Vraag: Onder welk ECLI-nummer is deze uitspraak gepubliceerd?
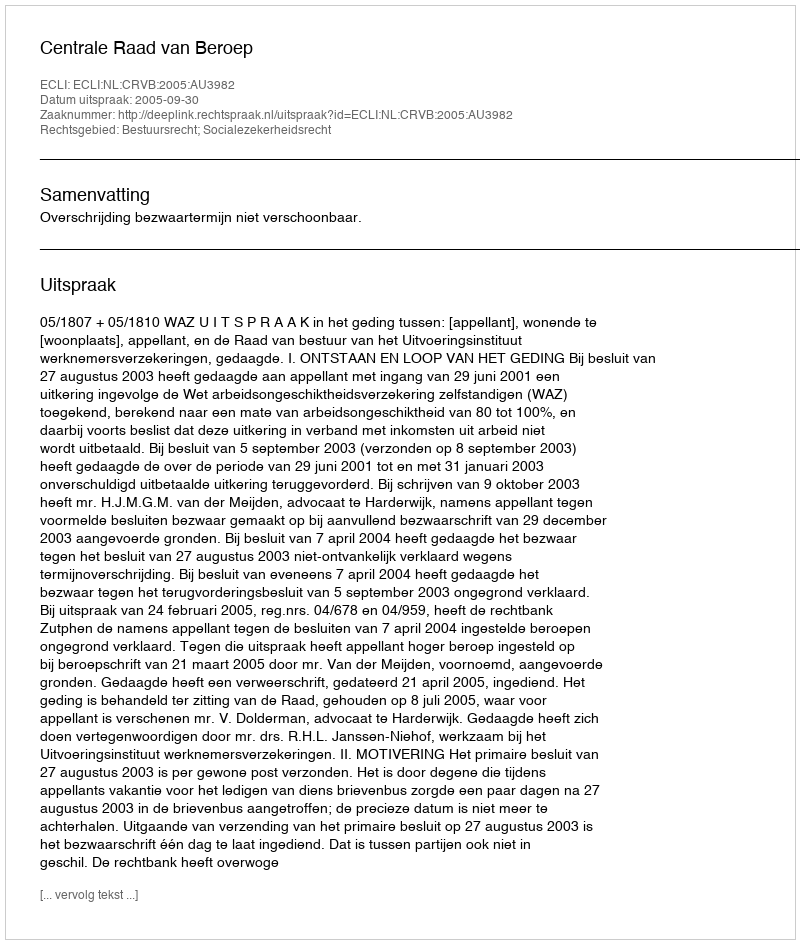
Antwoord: ECLI:NL:CRVB:2005:AU3982